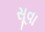
સૂવા